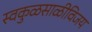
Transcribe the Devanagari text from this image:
स्वकुळसाळीविजय